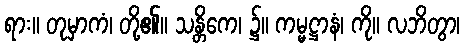
ရား။ တုမှာကံ၊ တို့၏။ သန္တိကေ၊ ၌။ ကမ္မဋ္ဌာနံ၊ ကို။ လဘိတွာ၊